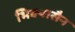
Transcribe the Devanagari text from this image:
भिक्यासैन